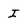
Character: I